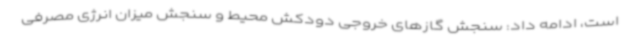
است، ادامه داد: سنجش گازهای خروجی دودکش محیط و سنجش میزان انرژی مصرفی